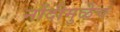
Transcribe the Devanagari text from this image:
नोंदीमुळेच